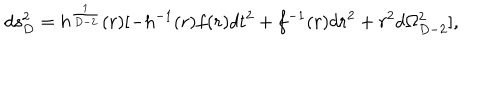
d s _ { D } ^ { 2 } = h ^ { \frac { 1 } { D - 2 } } ( r ) [ - h ^ { - 1 } ( r ) f ( r ) d t ^ { 2 } + f ^ { - 1 } ( r ) d r ^ { 2 } + r ^ { 2 } d \Omega _ { D - 2 } ^ { 2 } ] ,